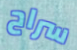
سراح